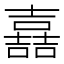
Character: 嚞